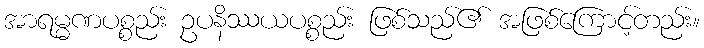
အာရမ္မဏပစ္စည်း ဥပနိဿယပစ္စည်း ဖြစ်သည်၏ အဖြစ်ကြောင့်တည်း။